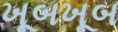
ખૂબખૂબ